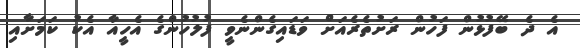
އެ ދެ ބޭފުޅުން ފަހުން ރަށުތެރެއަށް ވަޑައިގެންނެވީ ފުލުހުންގެ އެހީއާ އެކު ކަމަށާއި